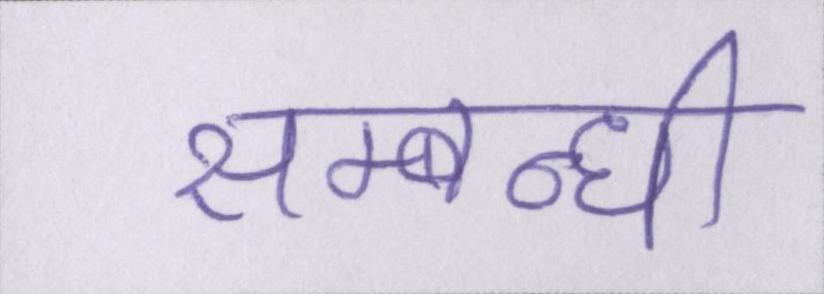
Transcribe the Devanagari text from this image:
सम्बन्धी